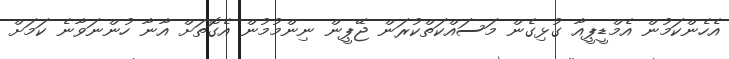
އެހެންކަމުން އެމްޑީޕީއާ ގުޅިގެން މަސައްކަތްކުރަން ޖޭޕީން ނިންމުމުން އެގޮތަށް އާނާ ހުންނަވާނެ ކަމަށް